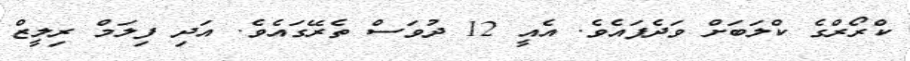
ކްރޯރްގެ ކްލަބަށް ވަދެފައެވެ. އެއީ 12 ދުވަސް ތެރޭގައެވެ. އަދި ފިލަމް ރިލީޒް